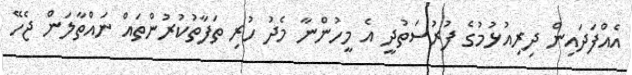
އެއްފަދައިން ދިރިއުޅުމުގެ ފުރުސަތުދީ އެ މީހުންނާ މެދު ހުރި ތަފާތުކުރުންތައް ނައްތާލަން ޖެހޭ